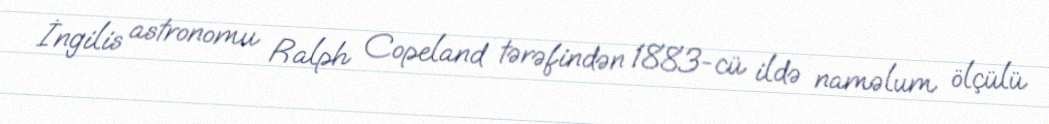
İngilis astronomu Ralph Copeland tərəfindən 1883-cü ildə naməlum ölçülü